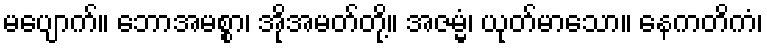
မပျောက်။ ဘောအမစ္စာ၊ အိုအမတ်တို့။ အဇမ္မံ၊ ယုတ်မာသော။ နေကတိကံ၊